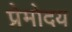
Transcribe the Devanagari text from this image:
प्रेमोदय